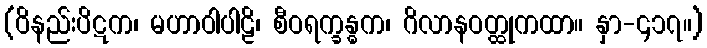
(ဝိနည်းပိဋက၊ မဟာဝါပါဠိ၊ စီဝရက္ခန္ဓက၊ ဂိလာနဝတ္ထုကထာ။ နှာ-၄၁၇။)